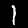
Digit: 1